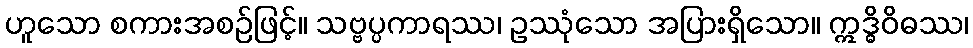
ဟူသော စကားအစဉ်ဖြင့်။ သဗ္ဗပ္ပကာရဿ၊ ဥဿုံသော အပြားရှိသော။ ဣဒ္ဓိဝိဓဿ၊